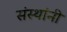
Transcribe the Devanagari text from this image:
संस्‍थांनी